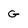
Character: G